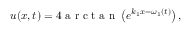
u ( x , t ) = 4 \mathrm { ~ a ~ r ~ c ~ t ~ a ~ n ~ } \left( e ^ { k _ { 1 } x - \omega _ { 1 } ( t ) } \right) ,